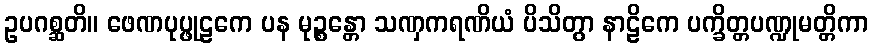
ဥပဂစ္ဆတိ။ ဖေဏပုပ္ဖုဠကေ ပန မုဉ္စန္တော သဏှကရဏိယံ ပိသိတွာ နာဠိကေ ပက္ခိတ္တပဏ္ဍုမတ္တိကာ